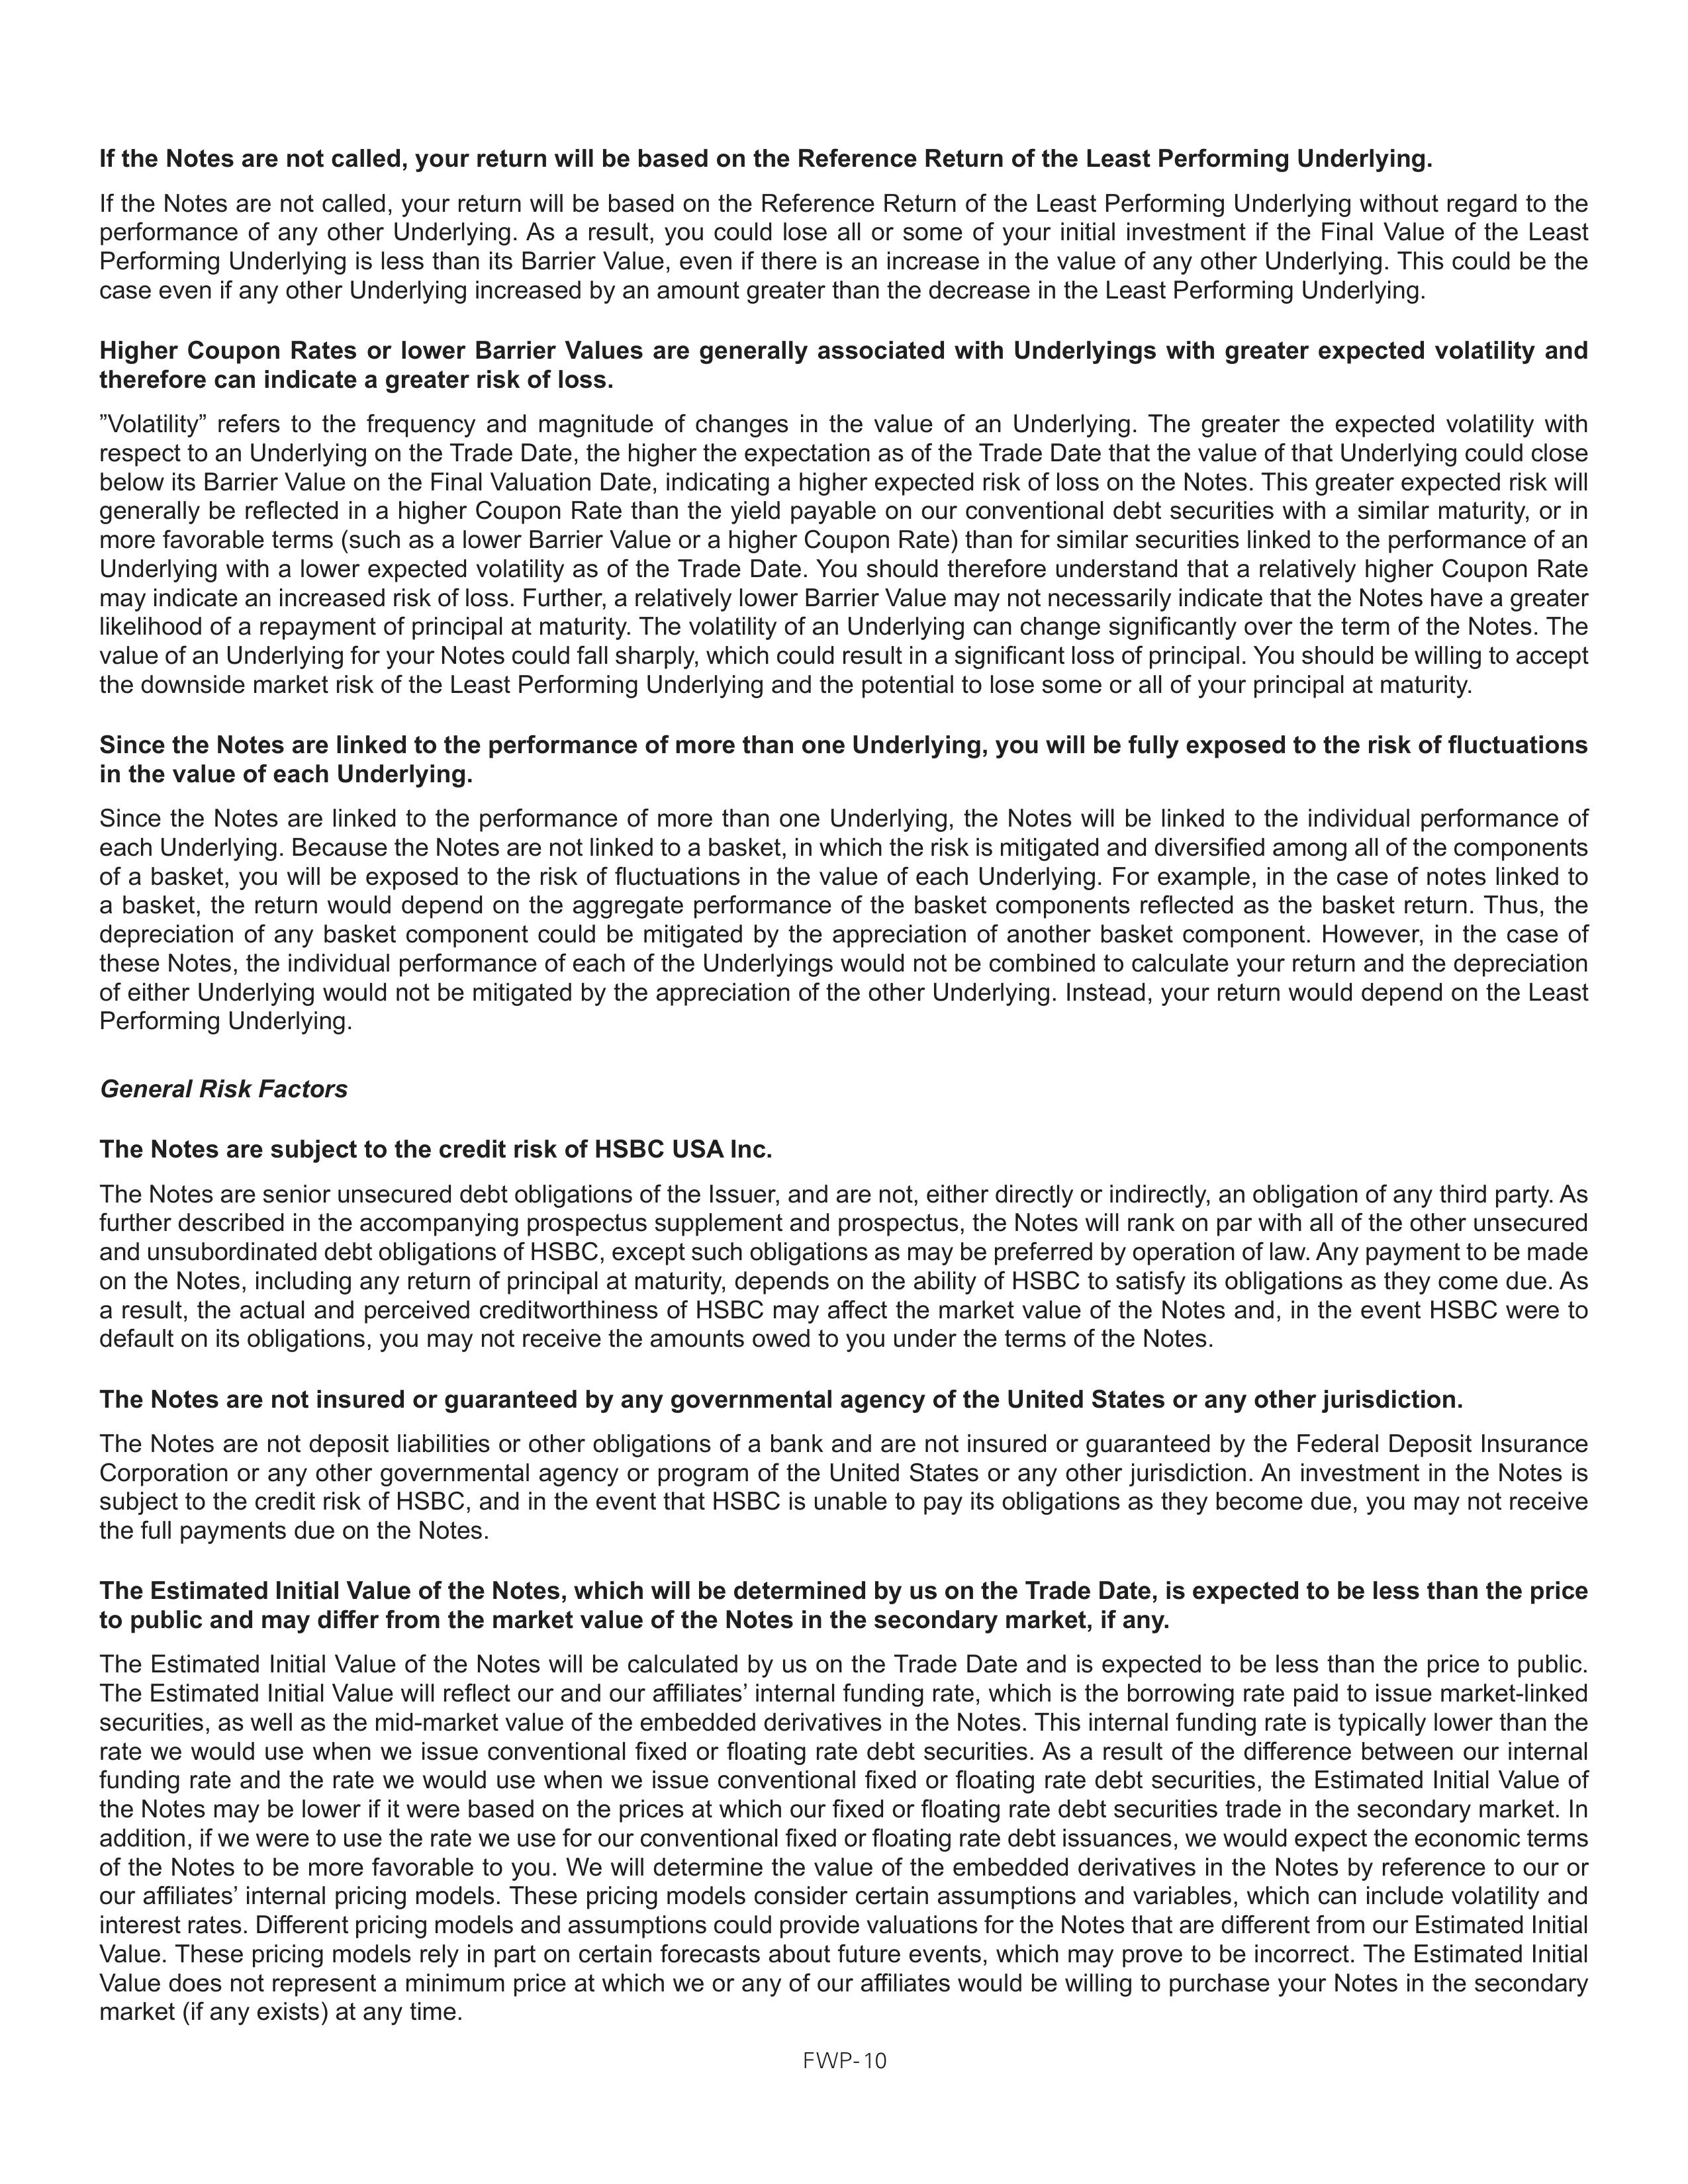
If the Notes are not called, your return will be based on the Reference Return of the Least Performing Underlying.

If the Notes are not called, your return will be based on the Reference Return of the Least Performing Underlying without regard to the
performance of any other Underlying. As a result, you could lose all or some of your initial investment if the Final Value of the Least
Performing Underlying is less than its Barrier Value, even if there is an increase in the value of any other Underlying. This could be the
case even if any other Underlying increased by an amount greater than the decrease in the Least Performing Underlying.

Higher Coupon Rates or lower Barrier Values are generally associated with Underlyings with greater expected volatility and
therefore can indicate a greater risk of loss.

“Volatility” refers to the frequency and magnitude of changes in the value of an Underlying. The greater the expected volatility with
respect to an Underlying on the Trade Date, the higher the expectation as of the Trade Date that the value of that Underlying could close
below its Barrier Value on the Final Valuation Date, indicating a higher expected risk of loss on the Notes. This greater expected risk will
generally be reflected in a higher Coupon Rate than the yield payable on our conventional debt securities with a similar maturity, or in
more favorable terms (such as a lower Barrier Value or a higher Coupon Rate) than for similar securities linked to the performance of an
Underlying with a lower expected volatility as of the Trade Date. You should therefore understand that a relatively higher Coupon Rate
may indicate an increased risk of loss. Further, a relatively lower Barrier Value may not necessarily indicate that the Notes have a greater
likelihood of a repayment of principal at maturity. The volatility of an Underlying can change significantly over the term of the Notes. The
value of an Underlying for your Notes could fall sharply, which could result in a significant loss of principal. You should be willing to accept
the downside market risk of the Least Performing Underlying and the potential to lose some or all of your principal at maturity.

Since the Notes are linked to the performance of more than one Underlying, you will be fully exposed to the risk of fluctuations
in the value of each Underlying.

Since the Notes are linked to the performance of more than one Underlying, the Notes will be linked to the individual performance of
each Underlying. Because the Notes are not linked to a basket, in which the risk is mitigated and diversified among all of the components
of a basket, you will be exposed to the risk of fluctuations in the value of each Underlying. For example, in the case of Notes linked to
a basket, the return would depend on the aggregate performance of the basket components reflected as the basket return. Thus, the
depreciation of any basket component could be mitigated by the appreciation of another basket component. However, in the case of
these Notes, the individual performance of each of the Underlyings would not be combined to calculate your return and the depreciation of
either Underlying would not be mitigated by the appreciation of the other Underlying. Instead, your return would depend on the Least
Performing Underlying.

General Risk Factors

The Notes are subject to the credit risk of HSBC USA Inc.

The Notes are senior unsecured debt obligations of the Issuer, and are not, either directly or indirectly, an obligation of any third party. As
further described in the accompanying prospectus supplement and prospectus, the Notes will rank on par with all of the other unsecured
and unsubordinated debt obligations of HSBC, except such obligations as may be preferred by operation of law. Any payment to be made
on the Notes, including any return of principal at maturity, depends on the ability of HSBC to satisfy its obligations as they come due. As
a result, the actual and perceived creditworthiness of HSBC may affect the market value of the Notes and, in the event HSBC were to
default on its obligations, you may not receive the amounts owed to you under the terms of the Notes.

The Notes are not insured or guaranteed by any governmental agency of the United States or any other jurisdiction.

The Notes are not deposit liabilities or other obligations of a bank and are not insured or guaranteed by the Federal Deposit Insurance
Corporation or any other governmental agency or program of the United States or any other jurisdiction. An investment in the Notes is
subject to the credit risk of HSBC, and in the event that HSBC is unable to pay its obligations as they become due, you may not receive
the full payments due on the Notes.

The Estimated Initial Value of the Notes, which will be determined by us on the Trade Date, is expected to be less than the price
to public and may differ from the market value of the Notes in the secondary market, if any.

The Estimated Initial Value of the Notes will be calculated by us on the Trade Date and is expected to be less than the price to public.
The Estimated Initial Value will reflect our and our affiliates’ internal funding rate, which is the borrowing rate paid to issue market-linked
securities, as well as the mid-market value of the embedded derivatives in the Notes. This internal funding rate is typically lower than the
rate we would use when we issue conventional fixed or floating rate debt securities. As a result of the difference between our internal funding
rate and the rate we would use when we issue conventional fixed or floating rate debt securities, the Estimated Initial Value of
the Notes may be lower if
it were based on the prices at which our fixed or floating rate debt securities trade in the secondary market. In addition, if we were to use the
rate we use for our conventional fixed or floating rate debt issuances, we would expect the economic terms of the Notes to be more favorable
to you. We will determine the value of the embedded derivatives in the Notes by reference to our or our affiliates’ internal pricing models.
These pricing models consider certain assumptions and variables, which can include volatility and interest rates. Different pricing models and
assumptions could provide valuations for the Notes that are different from our Estimated Initial Value. These pricing models rely in part on
certain forecasts about future events, which may prove to be incorrect. The Estimated Initial Value does not represent a minimum price at
which we or any of our affiliates would be willing to purchase your Notes in the secondary market (if any exists) at any time.

FWP-10